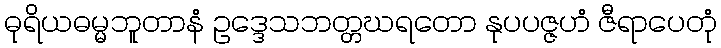
ဓုရိယဓမ္မဘူတာနံ ဥဒ္ဒေသဘတ္တဃရတော နုပပဇ္ဇဟံ ဇီရာပေတုံ